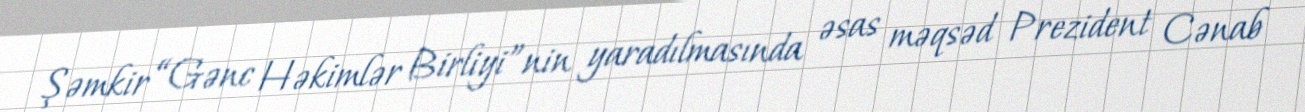
Şəmkir “Gənc Həkimlər Birliyi”nin yaradılmasında əsas məqsəd Prezident Cənab